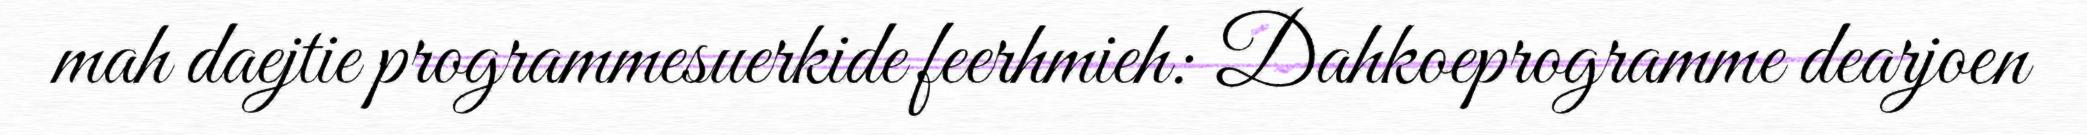
mah daejtie programmesuerkide feerhmieh: Dahkoeprogramme dearjoen